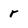
Character: r